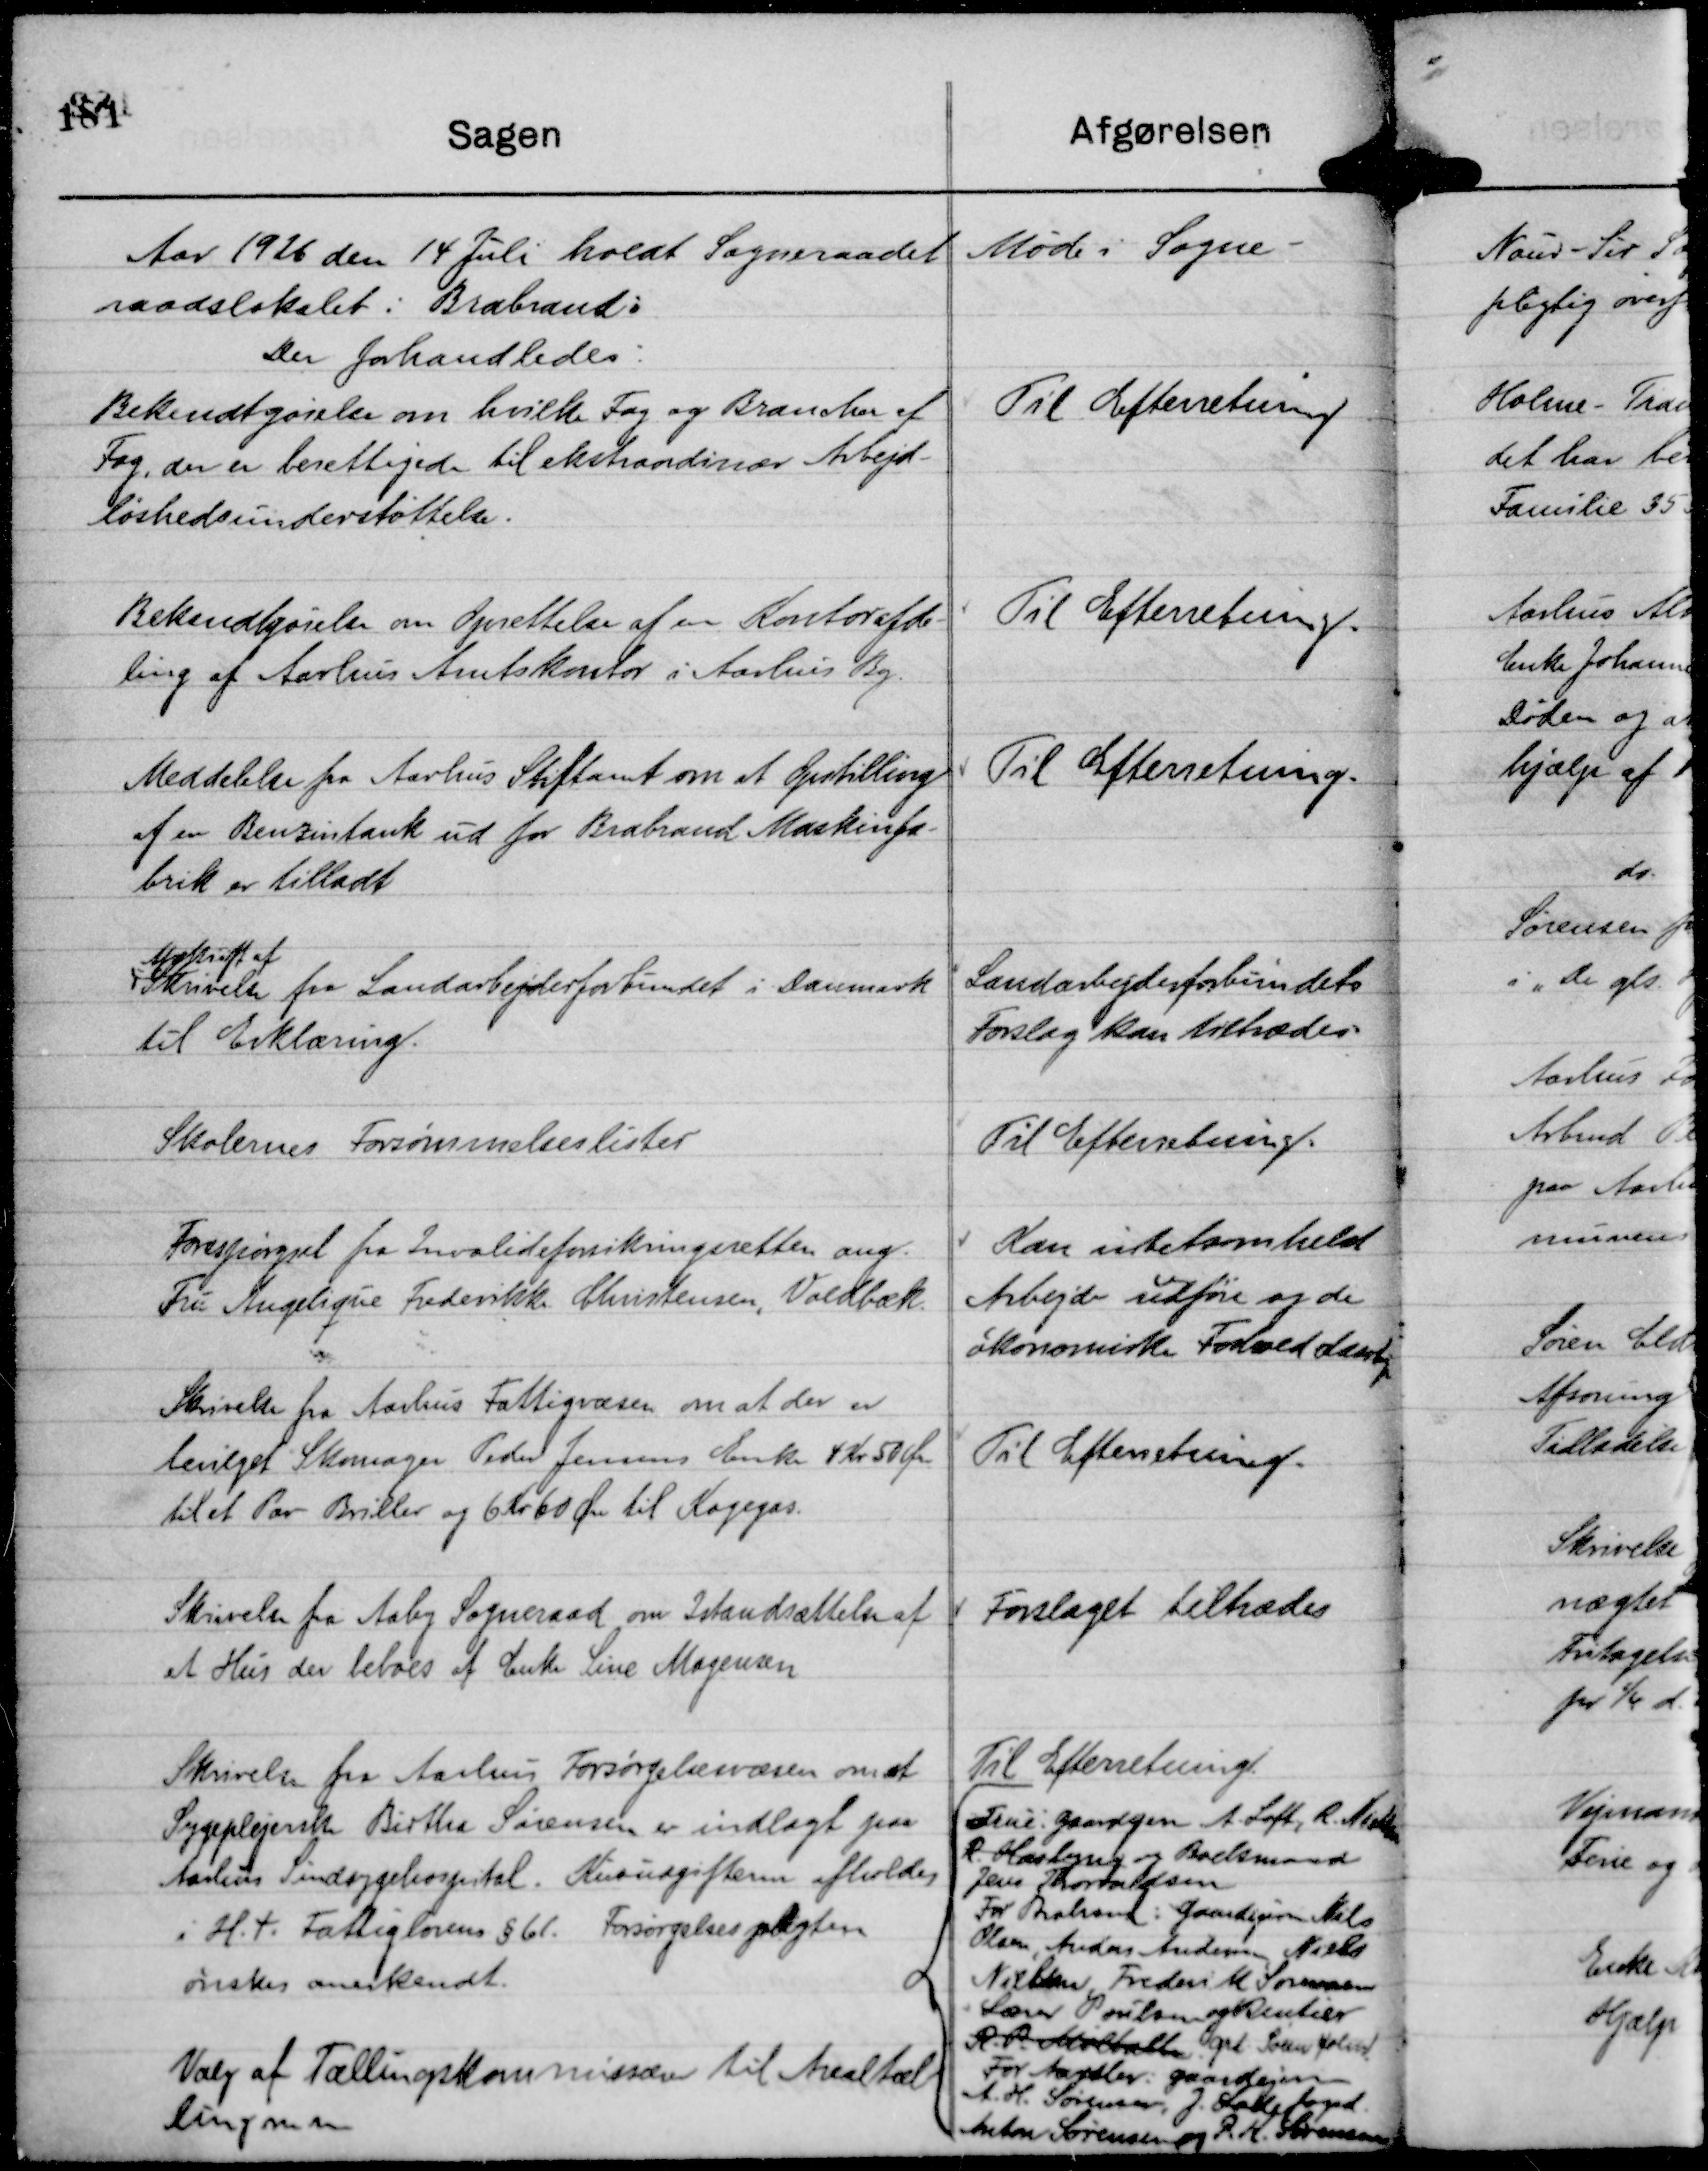
Transskription:
Aar 1926 den 14 Juli holdt Sogneraadet Møde i Sogne-
raadslokalet i Brabrand:
Der forhandledes:

Bekendtgørelse om hvilke Fag og Brancher af
Fag, der er berettiget til ekstraordinær Arbejds-
løshedsunderstøttelse.

Til Efterretning

Bekendtgørelse om Oprettelse af en Kontorafde-
ling af Aarhus Amtskontor i Aarhus By.

Til Efterretning.

Meddelelse fra Aarhus Stiftamt om at Opstilling
af en Benzintank ud for Brabrand Maskinfa-
brik er tilladt

Til Efterretning.

Afskrift af
Skrivelse fra Landarbejderforbund i Danmark
til Erklæring.

Landarbejderforbundets
Forslag kan tiltrædes.

Skolernes Forsømmelseslister

Til Efterretning.

Forespørgsel fra Invalideforsikringsretten ang.
Fru Angelique Frederikke Christensen, Voldbæk.

Kan intetsomhelst
Arbejde udføre og de
økonomiske Forhold daarlige

Skrivelse fra Aarhus Fattigvæsen om at der er
bevilget Skomager Peder Jensens Enke 4 Kr 50 Øre
til et Par Briller og 6 Kr 60 Øre til Kogegas.

Til Efterretning.

Skrivelse fra Aaby Sogneraad om Istandsættelse af
et Hus der beboes af Enke Line Mogensen

Forslaget tiltrædes

Skrivelse fra Aarhus Forsørgelsesvæsen om at
Sygeplejerske Birtha Sørensen er indlagt paa
Aarhus Sindsygehospital. Kurudgiften afholdes
i H. t. Fattiglovens § 61. Forsørgelsespligten
ønskes anerkendt.

Til Efterretning.

Valg af Tællingskommissærer til Arealtæl-
ling m m

True: Gaardejere A. Loft, R. Nielsen
R. Haslyng og Boelsmand
Jens Thorvaldsen
For Brabrand: Gaardejere Niels
Olsen, Anders Andersen, Niels
Nielsen, Frederik M Sørensen
Lærer Poulsen og Rentier
R. P. Mølballe. grd. Søren Holm.
For Aarslev: Gaardejerne 
A. H. Sørensen, J. Ladefoged.
Anton Sørensen og R H. Sørensen